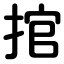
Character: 捾